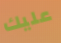
عليك